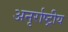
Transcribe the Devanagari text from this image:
अनृर्राष्ट्रीय